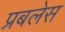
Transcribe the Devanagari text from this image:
प्रबलेस